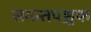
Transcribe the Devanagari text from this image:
समन्तपञ्चक